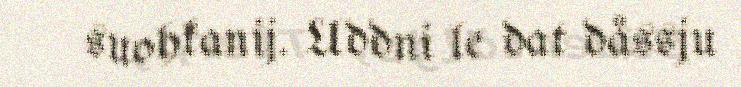
suohkanij. Uddni le dat dåssju